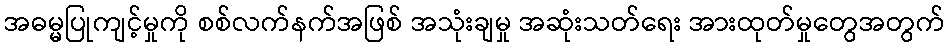
အဓမ္မပြုကျင့်မှုကို စစ်လက်နက်အဖြစ် အသုံးချမှု အဆုံးသတ်ရေး အားထုတ်မှုတွေအတွက်